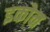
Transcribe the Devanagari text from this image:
इकोन